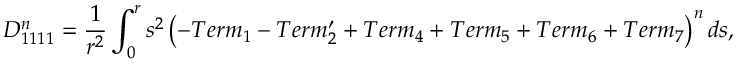
D _ { 1 1 1 1 } ^ { n } = \frac { 1 } { r ^ { 2 } } \int _ { 0 } ^ { r } s ^ { 2 } \left( - T e r m _ { 1 } - T e r m _ { 2 } ^ { \prime } + T e r m _ { 4 } + T e r m _ { 5 } + T e r m _ { 6 } + T e r m _ { 7 } \right) ^ { n } d s ,